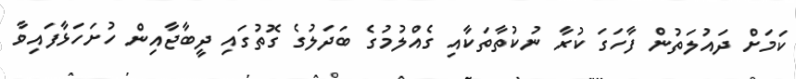
ކަމަށް ދައުލަތުން ފާހަގަ ކުރާ ނުކުތާތަކާއި ގެއްލުމުގެ ބަދަލުގެ ގޮތުގައި ދީބާޖާއިން ހުށަހަޅާފައިވާ